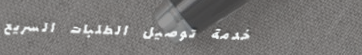
خدمة توصيل الطلبات السريع